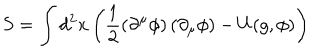
LaTeX: S = \int d ^ { 2 } x \left( \frac { 1 } { 2 } \left( \partial ^ { \mu } \phi \right) \left( \partial _ { \mu } \phi \right) - U ( g , \phi ) \right)